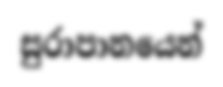
සුරාපානයෙන්